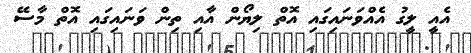
އެއީ ލީގު އެއްވަނައިގައި އޮތް ލިޔޯން އާއި ތިން ވަނައިގައި އޮތް މާސޭ